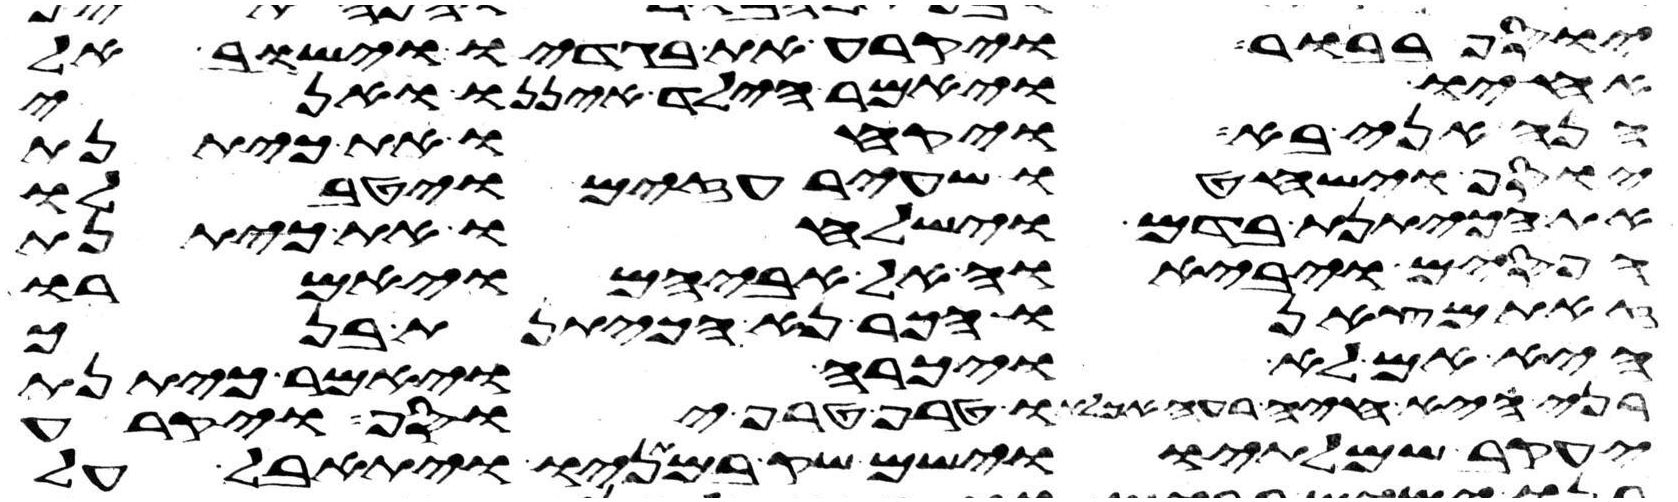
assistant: בבור ויקרע את בגדיו וישב אל
אחיו ויאמר הילד איננו ואני
הנה אני בא ויקחו את כיתנת
יוסף וישחטו שעיר עזים ויטבלו
את הכיתנת בדם וישלחו את כיתנת
הפסים ויביאו אל אביהם ויאמרו
זאת מצאנו הכר נא הכיתנת בנך
היא אם לא ויכרה ויאמר כיתנת
בני היא חיה רעה אכלתו טרף טרף יוסף ויקרע
יעקב שמלתיו וישם שק במתניו ויתאבל על